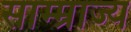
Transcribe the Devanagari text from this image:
साम्म्राज्य